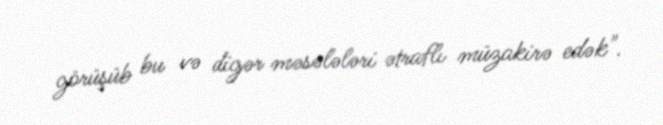
görüşüb bu və digər məsələləri ətraflı müzakirə edək".